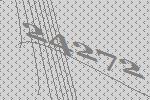
24272